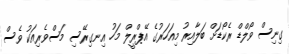
ގިނިސް ވޯލްޑް ރެކޯޑަށް ބަލާއިރު މިއަހަރުގެ އޭޕްރީލް މަހު އިނގިރޭސި މަސްވެރިއަކު ވެސް